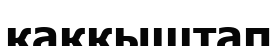
қаққыштап